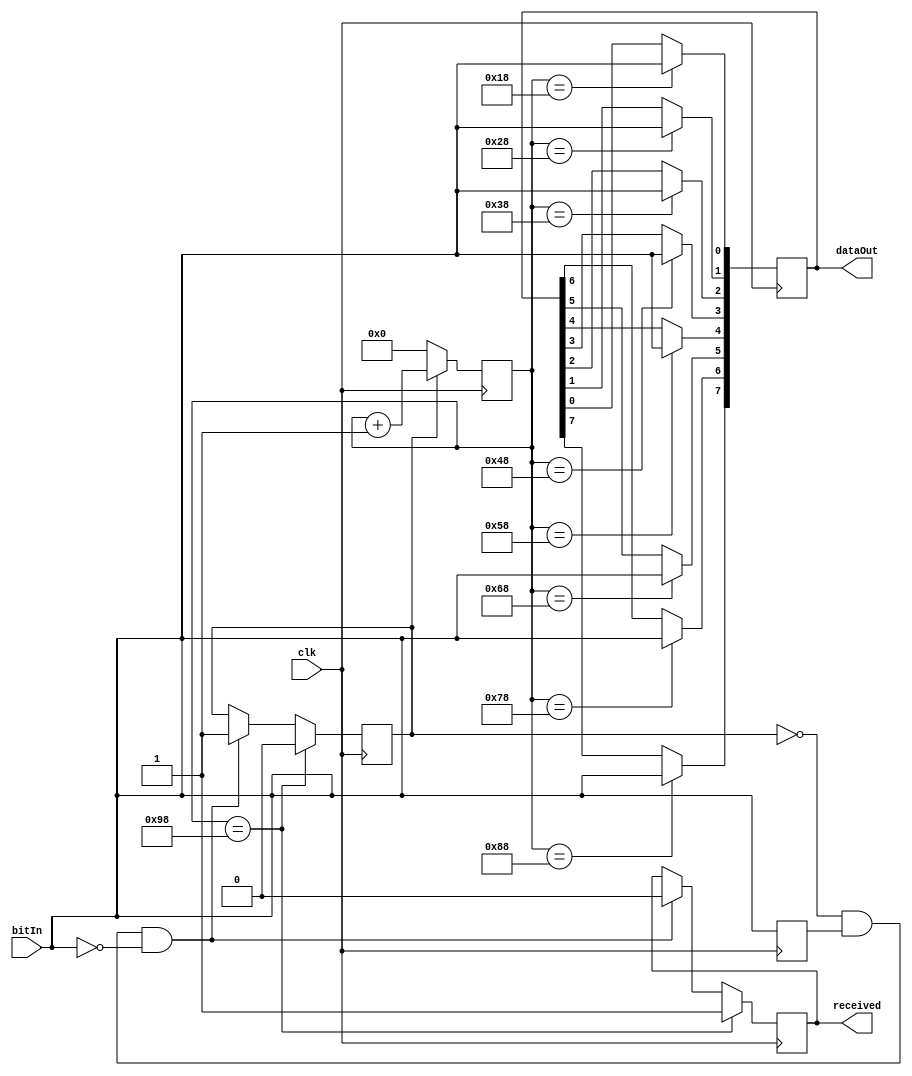
`timescale 1ns / 1ns
//////////////////////////////////////////////////////////////////////////////////
// Company:
// Engineer: 
// 
// Design Name: 
// Module Name: receiver
// Project Name: 
// Target Devices: 
// Tool Versions: 
// Description: 
// 
// Dependencies: 
// 
// Revision:
// Revision 0.01 - File Created
// Additional Comments:
// 
//////////////////////////////////////////////////////////////////////////////////


module receiver(
    input clk, bitIn,
    output reg received,
    output reg [7:0] dataOut
    );
    
    reg lastBit;
    reg receiving = 0;
    reg [7:0] count;
    
    always@(posedge clk) begin
        if (~receiving & lastBit & ~bitIn) 
        begin
            receiving <= 1;
            received <= 0;
            count <= 0;
        end

        lastBit <= bitIn;
      
        if (receiving) count <= count + 1;
        else count <= 0;
        
        case (count)
            8'd24: dataOut[0] <= bitIn;
            8'd40: dataOut[1] <= bitIn;
            8'd56: dataOut[2] <= bitIn;
            8'd72: dataOut[3] <= bitIn;
            8'd88: dataOut[4] <= bitIn;
            8'd104: dataOut[5] <= bitIn;
            8'd120: dataOut[6] <= bitIn;
            8'd136: dataOut[7] <= bitIn;
            8'd152: begin received <= 1; receiving <= 0; end
        endcase
    end
    
endmodule